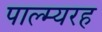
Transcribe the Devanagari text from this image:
पाल्म्यरह